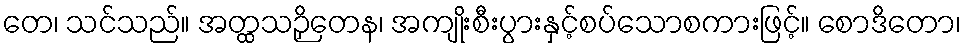
တေ၊ သင်သည်။ အတ္ထသဉှိတေန၊ အကျိုးစီးပွားနှင့်စပ်သောစကားဖြင့်။ စောဒိတော၊